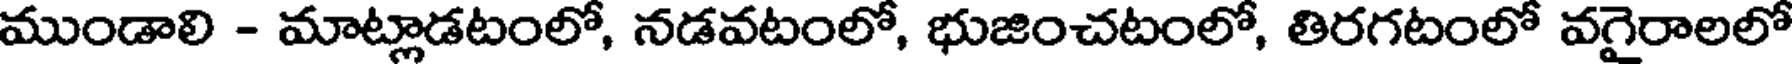
ముండాలి - మాట్లాడటంలో, నడవటంలో, భుజించటంలో, తిరగటంలో వగైరాలలో